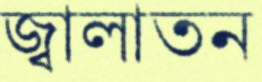
জ্বালাতন